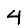
Digit: 4